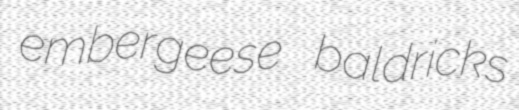
embergeese baldricks